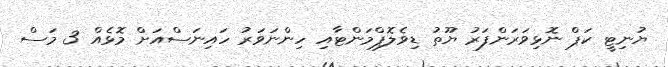
ޔުނިޓީ ކަޕް ނޮޅިވަރަންފަރު ޔޫތު ޑިވެލޮޕްމަންޓާއި ހިންނަވަރު ހައިނަސްއަށް މޮޅެއް 3 މަސް